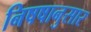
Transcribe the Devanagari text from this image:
निषषानुसार